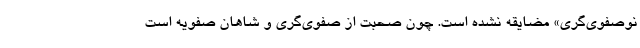
نوصفوی‌گری» مضایقه نشده است. چون صحبت از صفوی‌گری و شاهان صفویه است